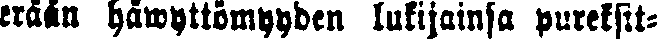
erään häwyttömyyden lukijainsa pureksit-